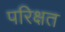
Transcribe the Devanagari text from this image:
परिक्षत